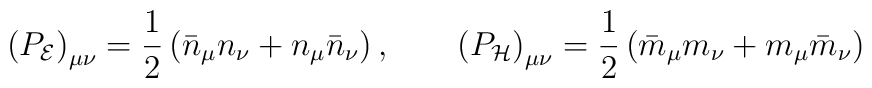
\left(P_{\cal E}\right)_{\mu\nu}=\frac{1}{2 }\left(\bar{n}_{\mu}n_{\nu}+n_{\mu}\bar{n}_{\nu}\right),\qquad\left(P_{\cal H}\right)_{\mu\nu}=\frac{1}{2}\left(\bar{m}_{\mu}m_{\nu}+m_{\mu}\bar{m}_{\nu}\right)